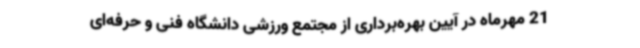
21 مهرماه در آیین بهره‌برداری از مجتمع ورزشی دانشگاه فنی و حرفه‌ای